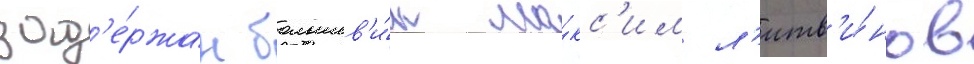
зад'е́ржан большев'и́к ма́кс'им л'итв'и́нов